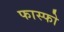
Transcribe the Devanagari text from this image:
फास्फो